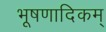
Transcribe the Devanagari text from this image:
भूषणादिकम्